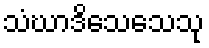
သံဃာဒိသေသေသု